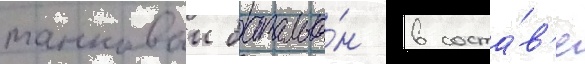
танковыи батальо́н в соста́в'е